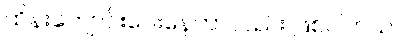
ထိန်းကျောင်းပေးနေတာလည်း ဖြစ်ပါတယ်။